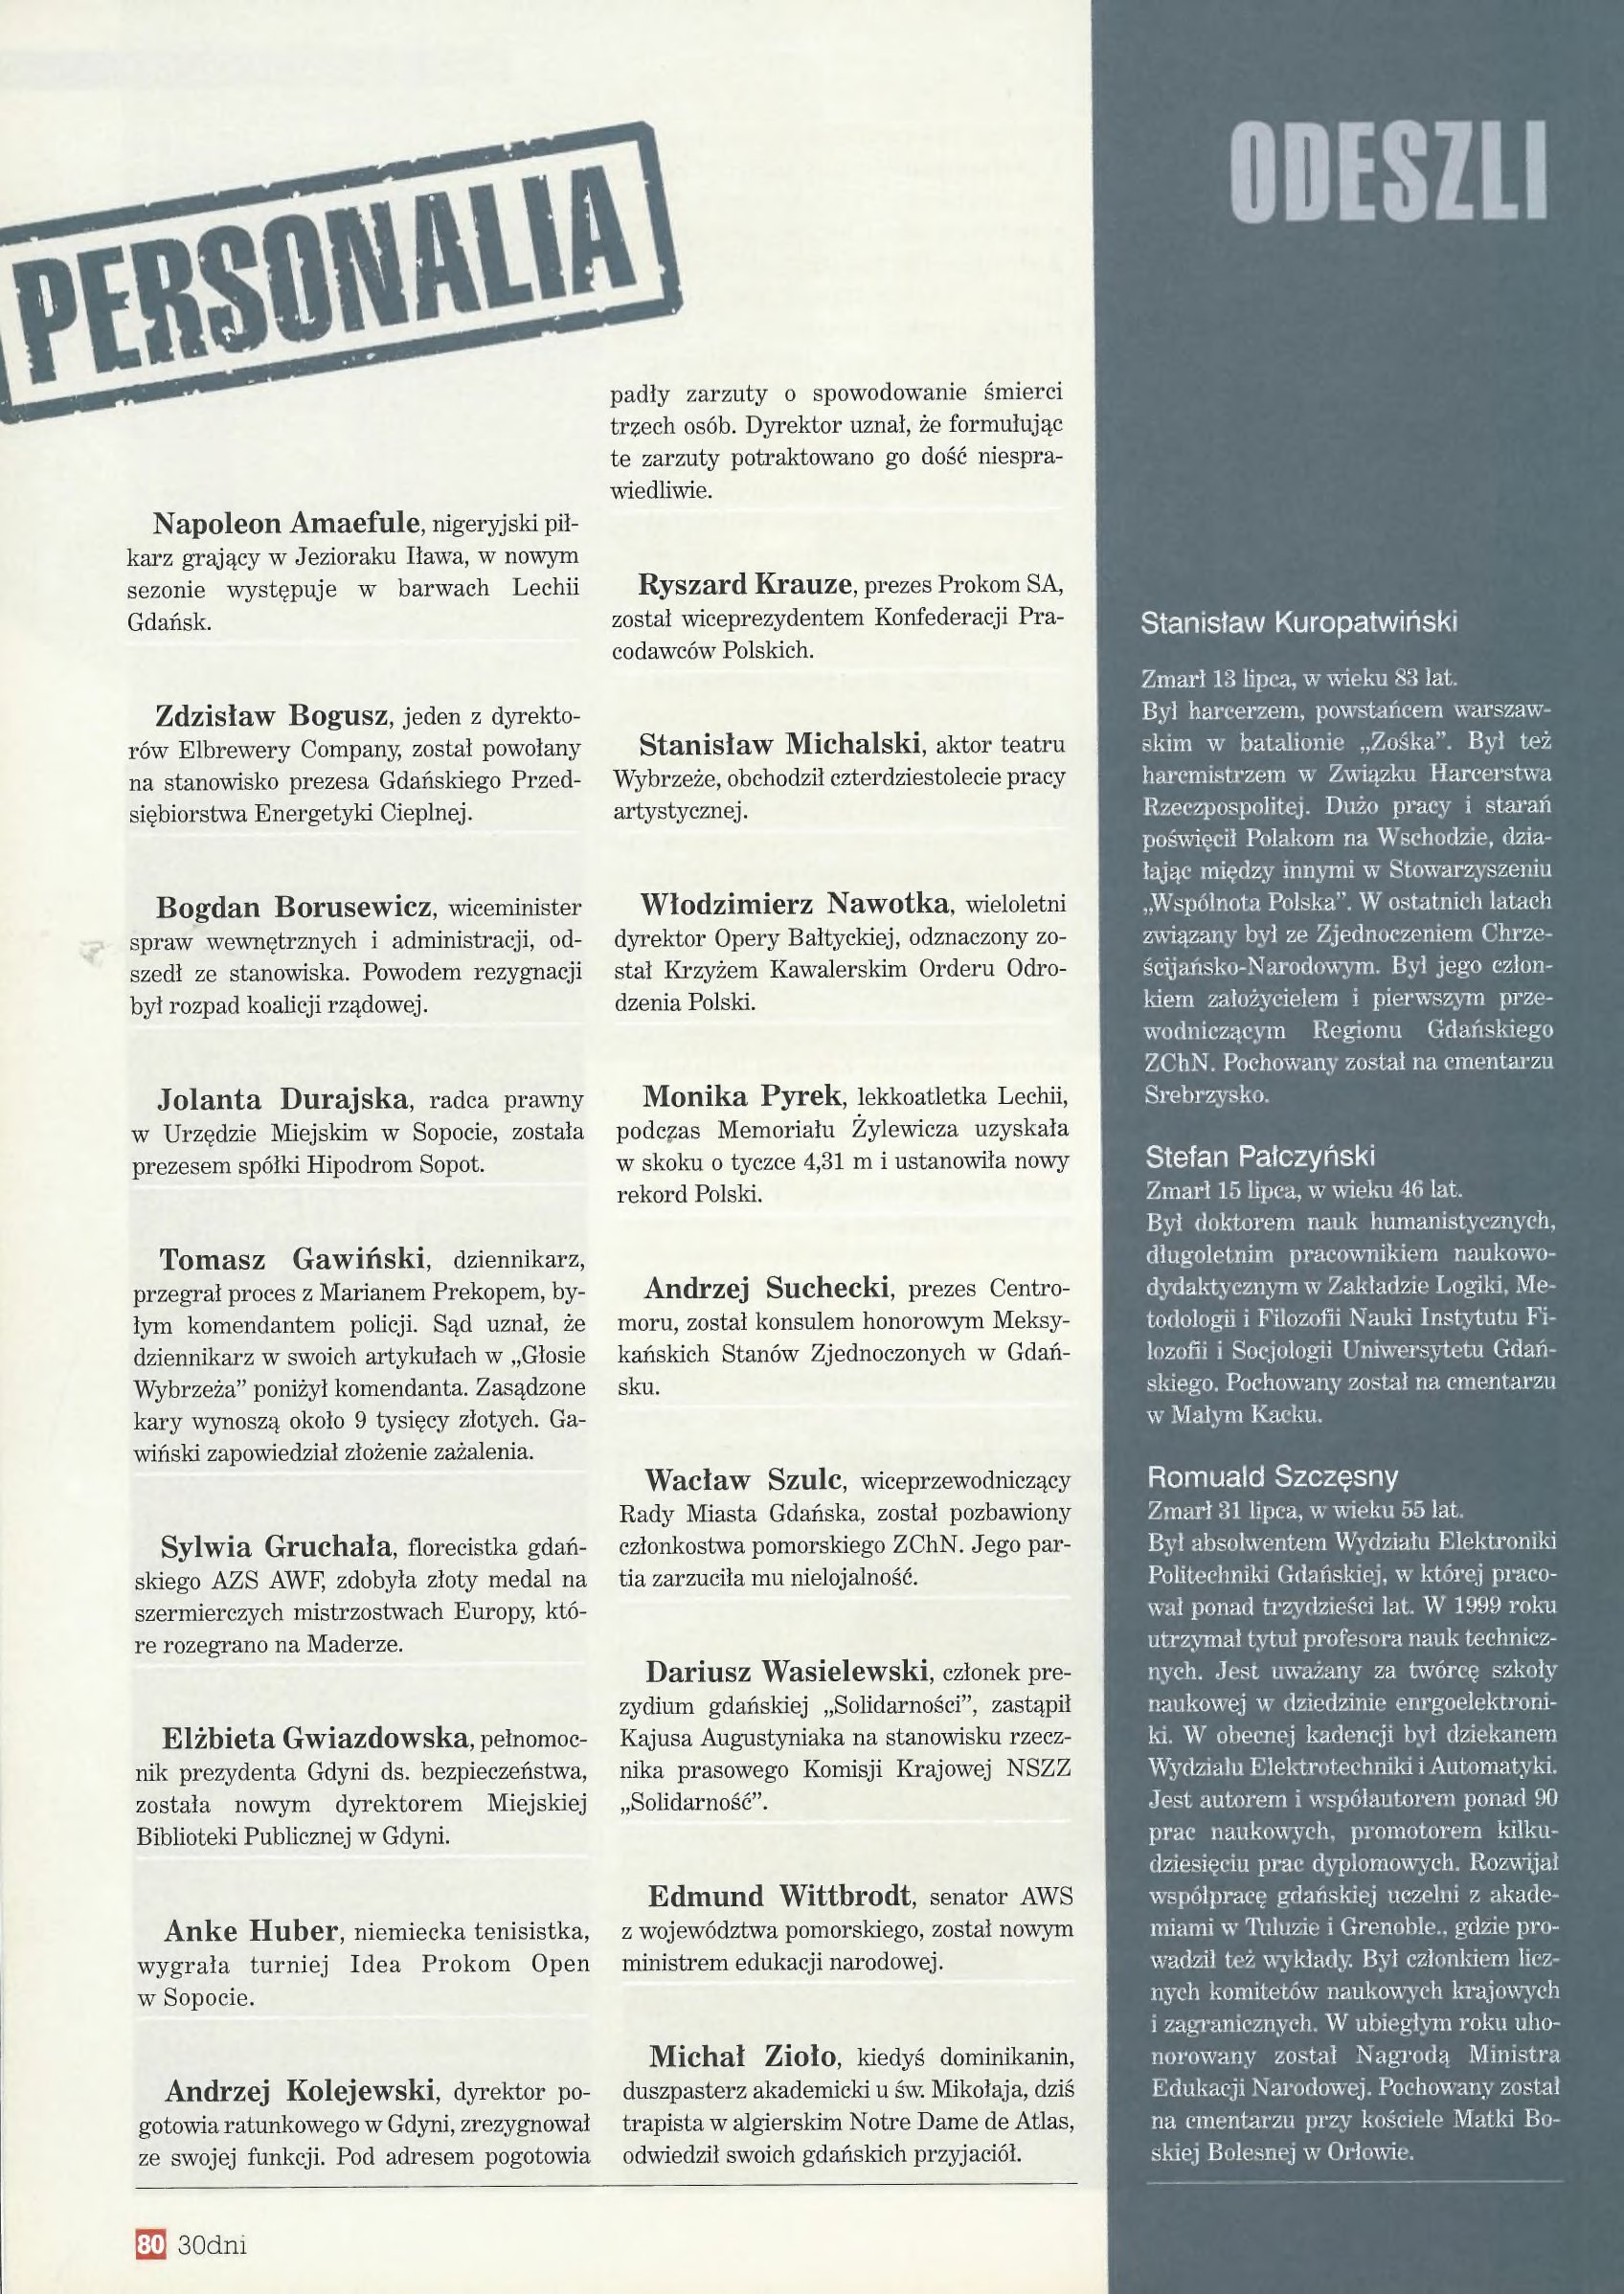
Language: pl